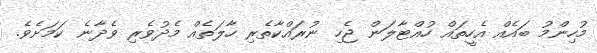
މުހިންމު ބައެއް އެހީތައް ހުއްޓާލަން ޖެހި ނުރައްކާތެރި ހާލަތެއް މެދުވެރި ވެދާނެ ކަމަށެވެ.